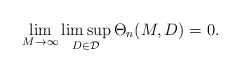
\begin{align*} \lim_{M \rightarrow \infty} \limsup_{D\in \mathcal{D}} \Theta_n(M,D) =0.\end{align*}